65_HS1-834228961_62-HQ-83894_Section_6
Agency: FBI
Page 228
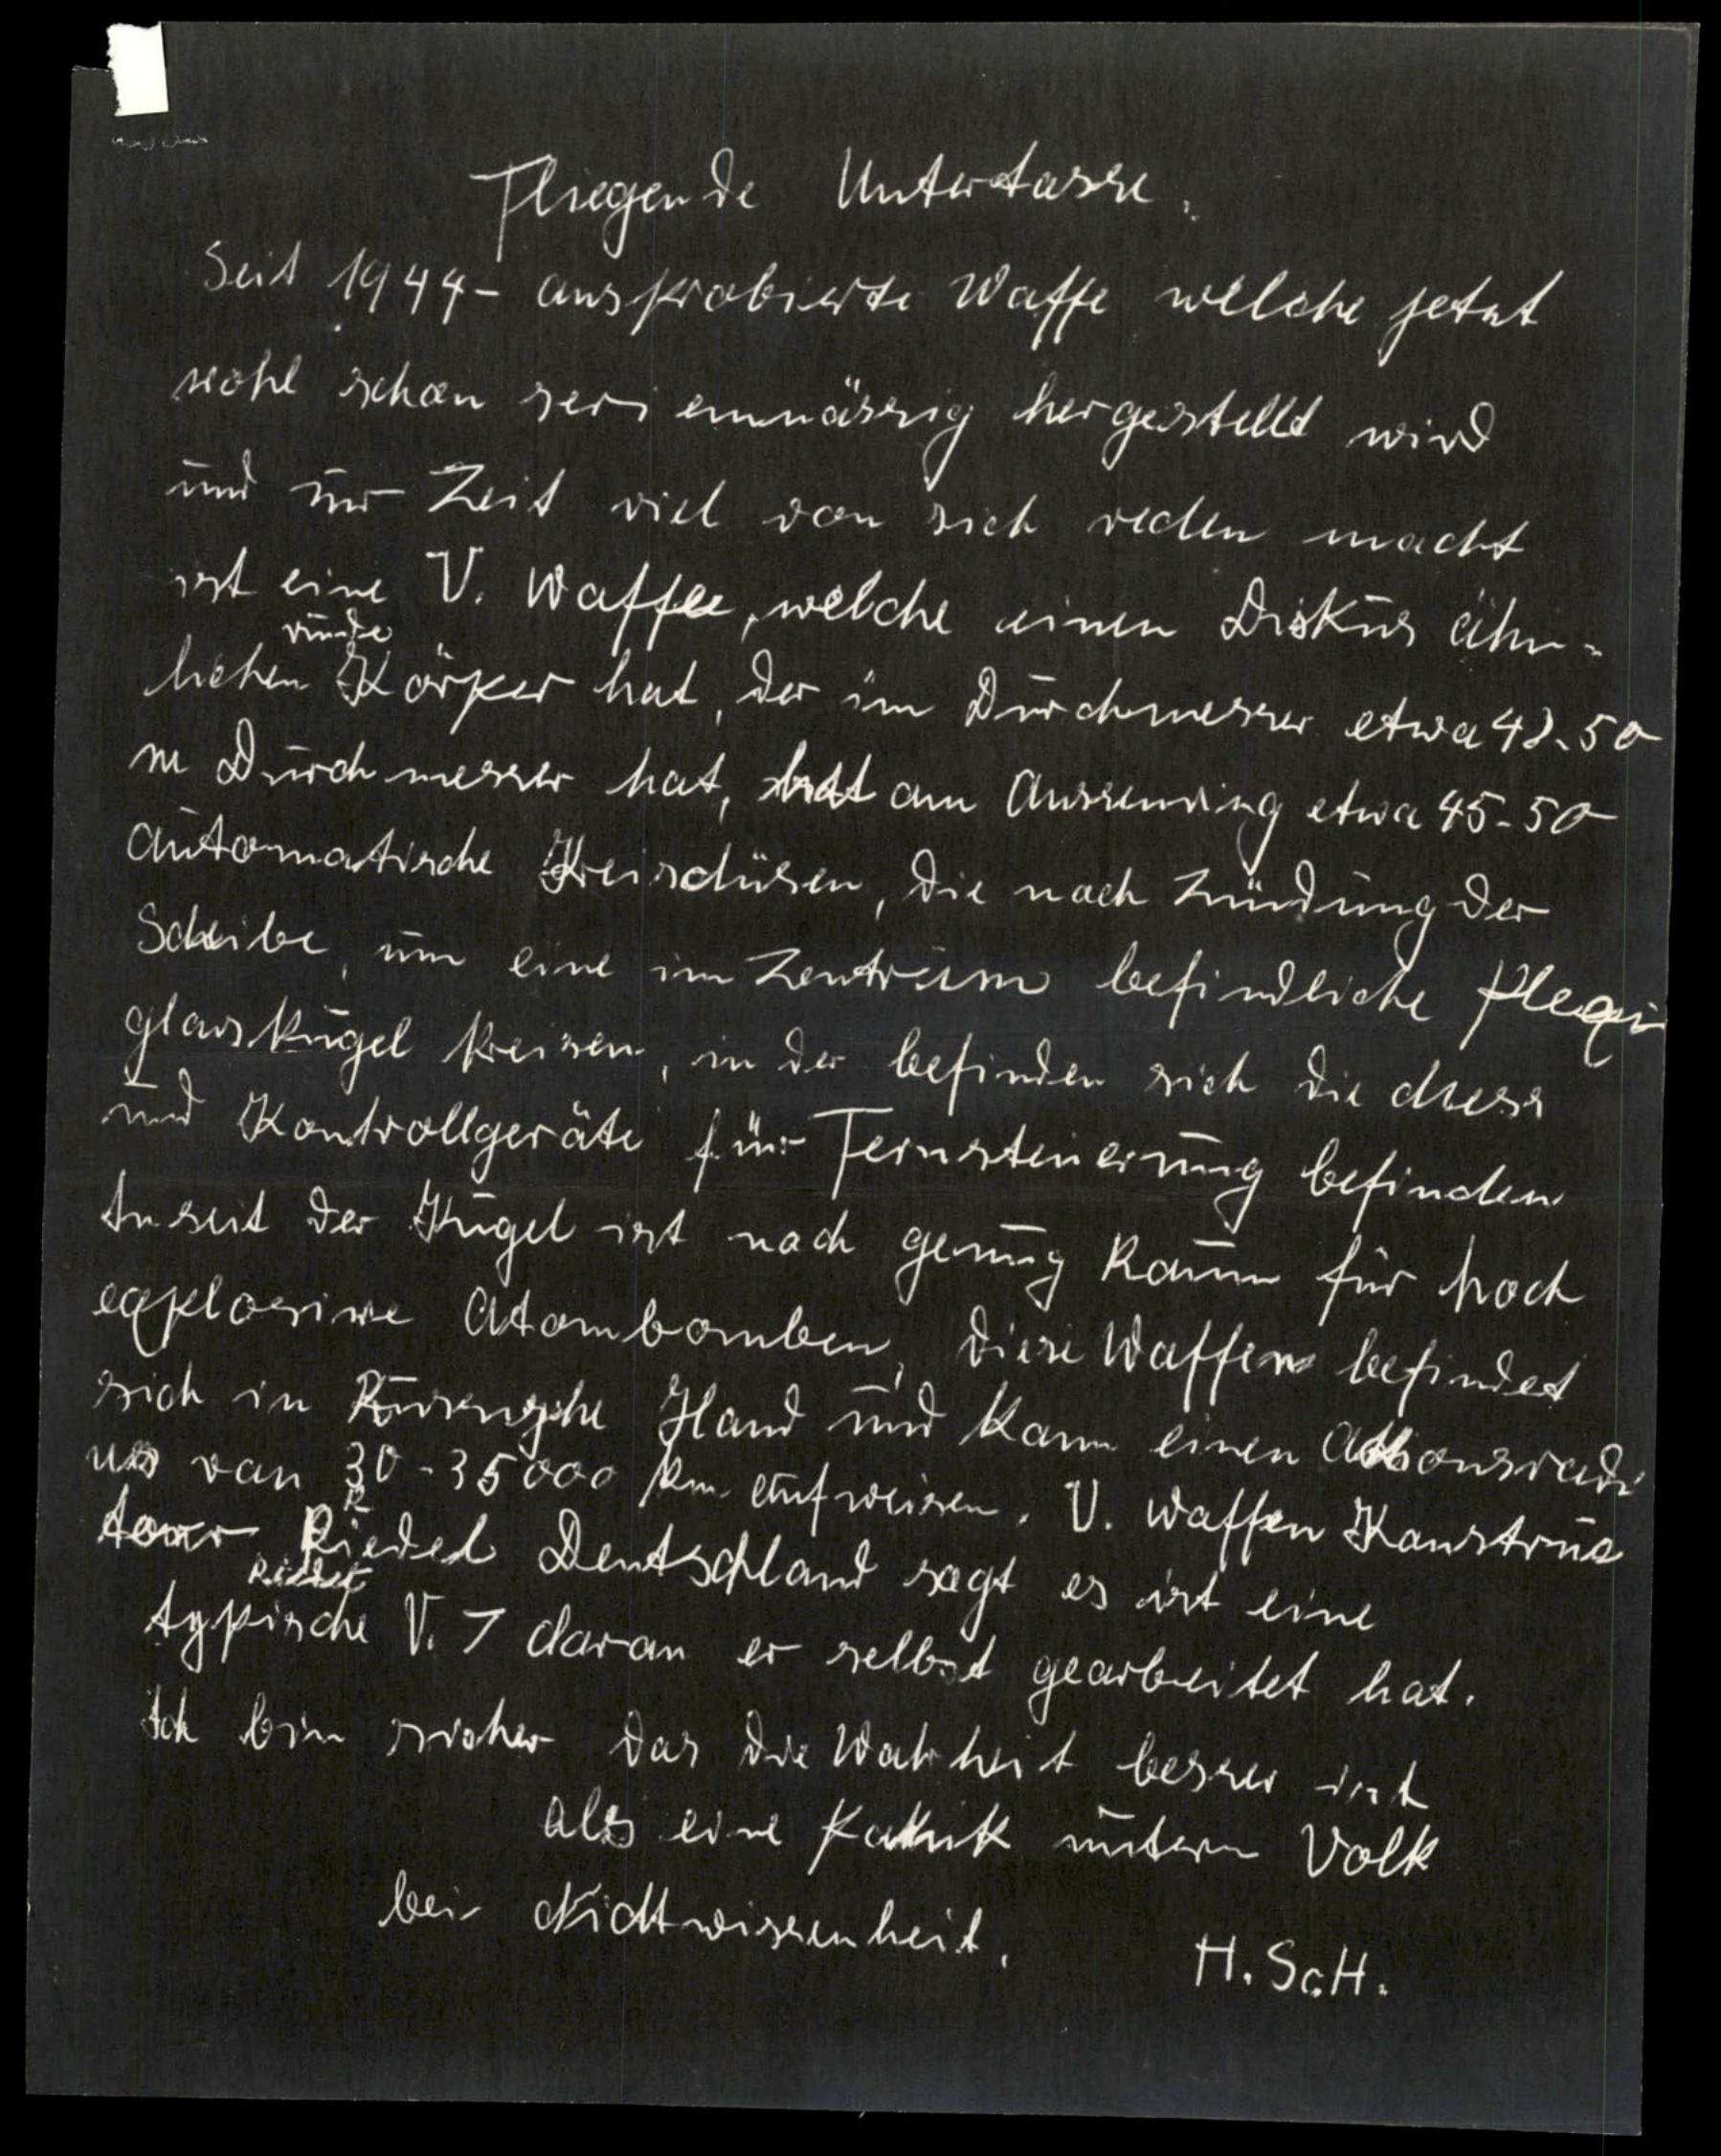